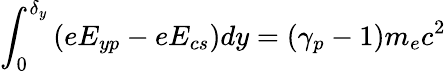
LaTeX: \int_{0}^{\delta_{y}}{(eE_{yp}-eE_{cs}})dy=(\gamma_{p}-1)m_{e}c^{2}